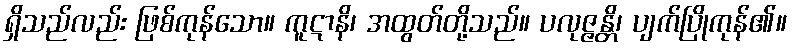
ရှိသည်လည်း ဖြစ်ကုန်သော။ ကူဋာနိ၊ အထွတ်တို့သည်။ ပလုဇ္ဇန္တိ၊ ပျက်ပြိုကုန်၏။